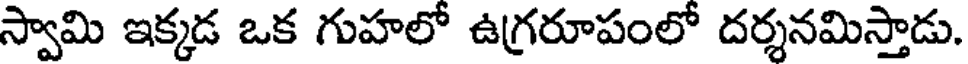
స్వామి ఇక్కడ ఒక గుహలో ఉగ్రరూపంలో దర్శనమిస్తాడు.